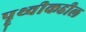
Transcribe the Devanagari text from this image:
पॄथ्वीकडील